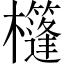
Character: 𣠑